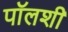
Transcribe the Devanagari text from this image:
पॉलशी